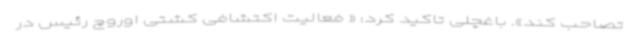
تصاحب کند». باغچلی تاکید کرد: « فعالیت‌ اکتشافی کشتی اوروچ رئیس در